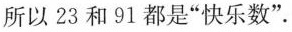
所以23和91都是”快乐数”。